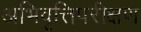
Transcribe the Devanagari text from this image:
अभिवृत्तिपरीक्षण